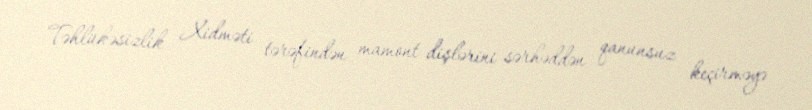
Təhlükəsizlik Xidməti tərəfindən mamont dişlərini sərhəddən qanunsuz keçirməyə